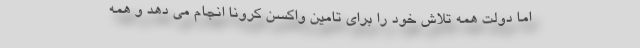
اما دولت همه تلاش خود را برای تامین واکسن کرونا انجام می دهد و همه